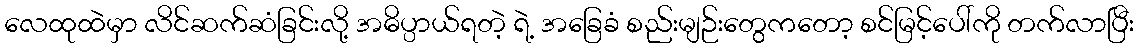
လေထုထဲမှာ လိင်ဆက်ဆံခြင်းလို့ အဓိပ္ပာယ်ရတဲ့ ရဲ့ အခြေခံ စည်းမျဉ်းတွေကတော့ စင်မြင့်ပေါ်ကို တက်လာပြီး